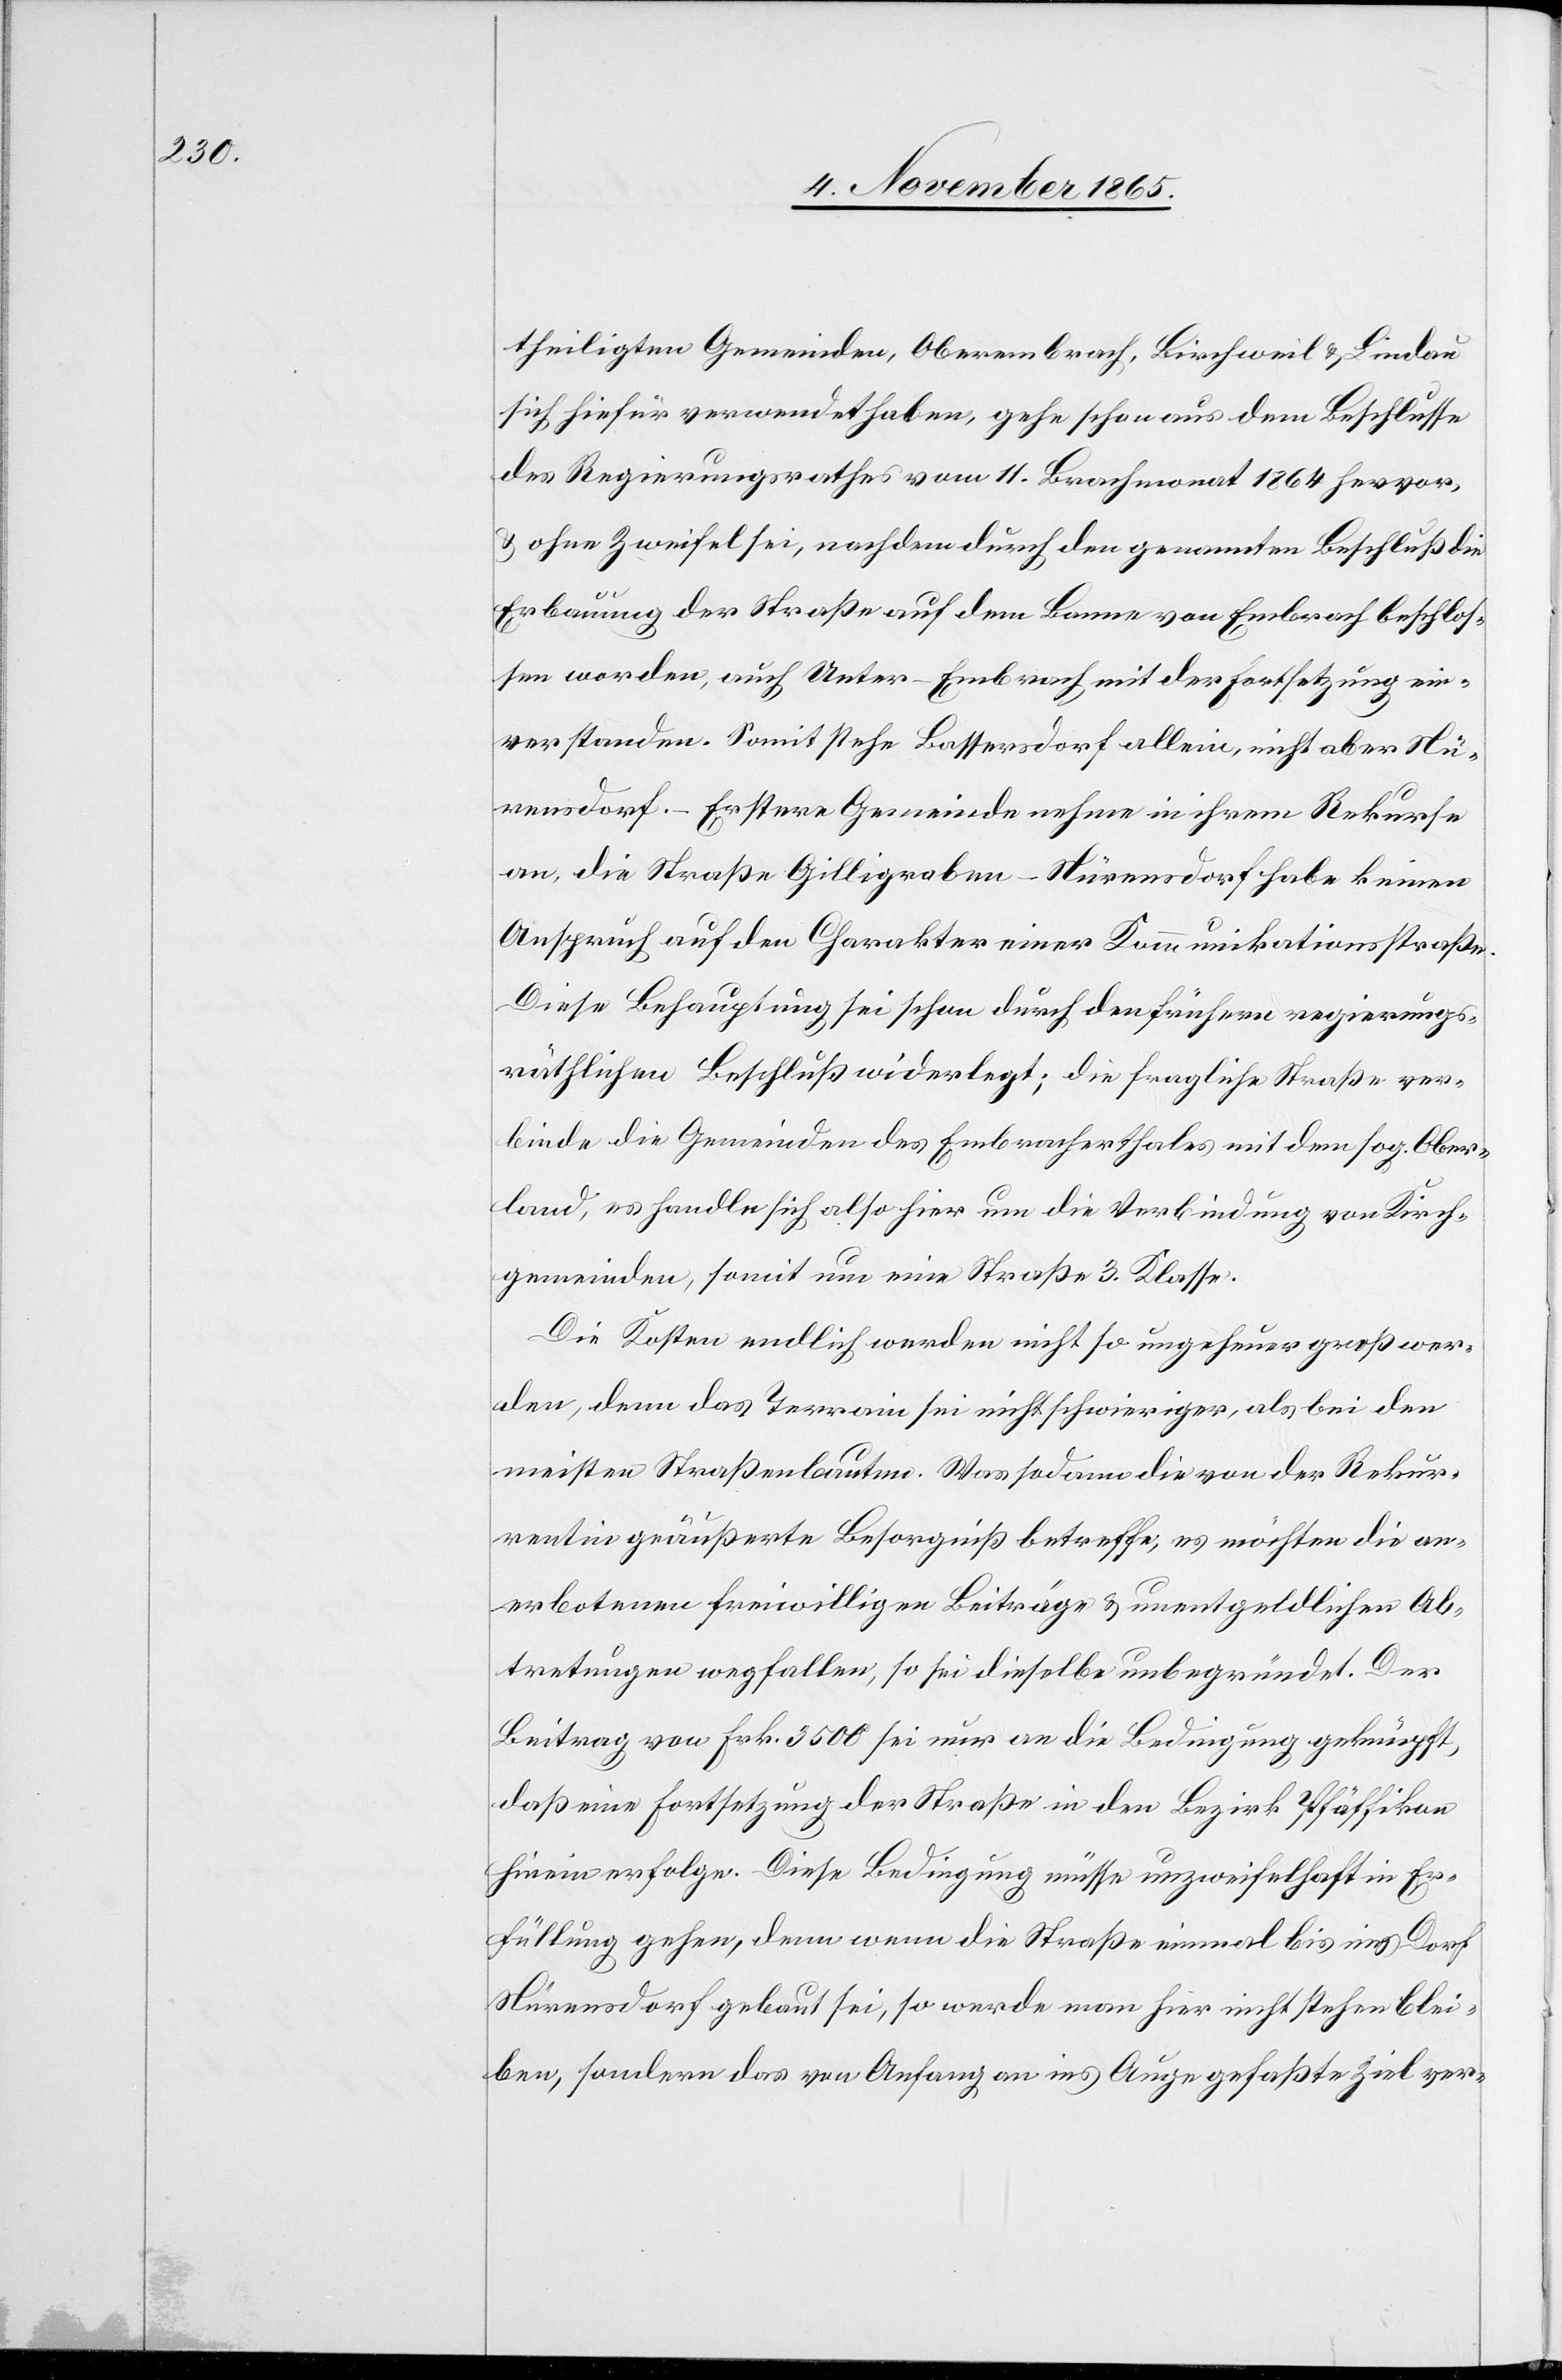
theiligten Gemeinden, Oberembrach, Birchweil & Lindau
sich hiefür verwendet haben, gehe schon aus dem Beschlusse
des Regierungsrathes vom 11. Brachmonat 1864 hervor,
& ohne Zweifel sei, nachdem durch den genannten Beschluß die
Erbauung der Straße auf dem Banne von Embrach beschlos¬
sen worden, auch Unter-Embrach mit der Fortsetzung ein¬
verstanden. Somit stehe Bassersdorf allein, nicht aber Nü¬
rensdorf. – Erstere Gemeinde nehme in ihrem Rekurse
an, die Straße Gilligraben–Nürensdorf habe keinen
Anspruch auf den Charakter einer Kommunikationsstraße.
Diese Behauptung sei schon durch den frühern regierungs¬
räthlichen Beschluß widerlegt; die fragliche Straße ver¬
binde die Gemeinden des Embracherthales mit dem sog. Ober¬
land, es handle sich also hier um die Verbindung von Kirch¬
gemeinden, somit um eine Straße 3. Klasse.
Die Kosten endlich werden nicht so ungeheuer groß wer¬
den, denn das Terrain sei nicht schwieriger, als bei den
meisten Straßenbauten. Was sodann die von der Rekur¬
rentin geäußerte Besorgniß betreffe, es möchten die an¬
erbotenen freiwilligen Beiträge & unentgeldlichen Ab¬
tretungen wegfallen, so sei dieselbe unbegründet. Der
Beitrag von Frk. 3500 sei nur an die Bedingung geknüpft,
daß eine Fortsetzung der Straße in den Bezirk Pfäffikon
hinein erfolge. Diese Bedingung müsse unzweifelhaft in Er¬
füllung gehen, denn wenn die Straße einmal bis ins Dorf
Nürensdorf gebaut sei, so werde man hier nicht stehen blei¬
ben, sondern das von Anfang an ins Auge gefaßte Ziel ver-